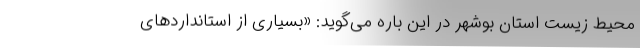
محیط زیست استان بوشهر در این باره می‌گوید: «بسیاری از استانداردهای